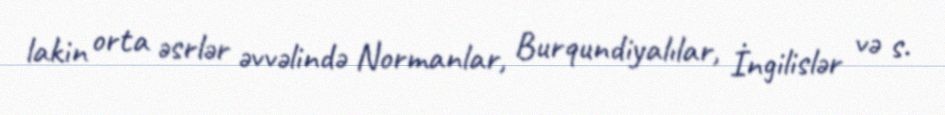
lakin orta əsrlər əvvəlində Normanlar, Burqundiyalılar, İngilislər və s.